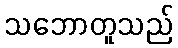
သဘောတူသည်